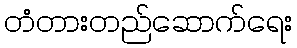
တံတားတည်ဆောက်ရေး